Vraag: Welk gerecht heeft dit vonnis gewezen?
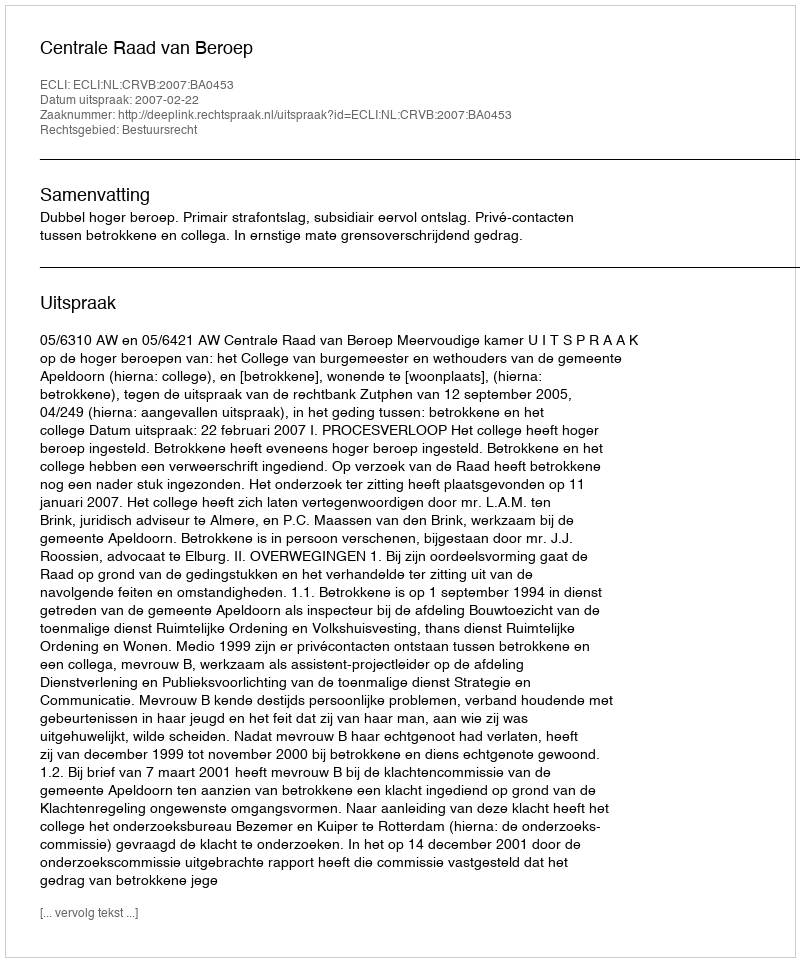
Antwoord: Centrale Raad van Beroep